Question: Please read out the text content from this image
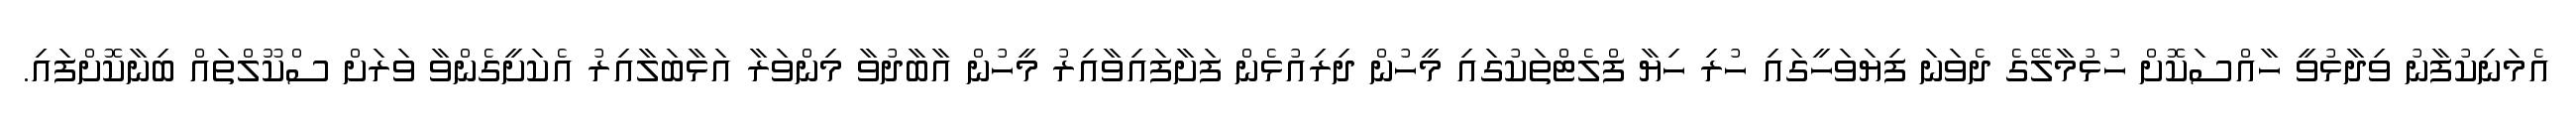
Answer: އެމަނިކުފާނު ވިދާޅުވީ ހާއްސަކޮށް ހުޅުމާލޭގެ ދެވަނަ ފިޔަވަހީގައި ހުރި ހިޔާ ފްލެޓްތަކުގައި މީހުން ދިރިއުޅެން ފަށާފައިވާއިރު މީހުން އާބާދުވާ މިންވަރާ އަޅާބަލާއިރު އެކަށީގެންވާ ވަރަށް ސްކޫލްތައް ބިނާކޮށްފައި.